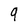
Character: 9